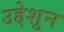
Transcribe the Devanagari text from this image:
उद्देशुन